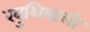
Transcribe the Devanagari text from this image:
खुशियाली